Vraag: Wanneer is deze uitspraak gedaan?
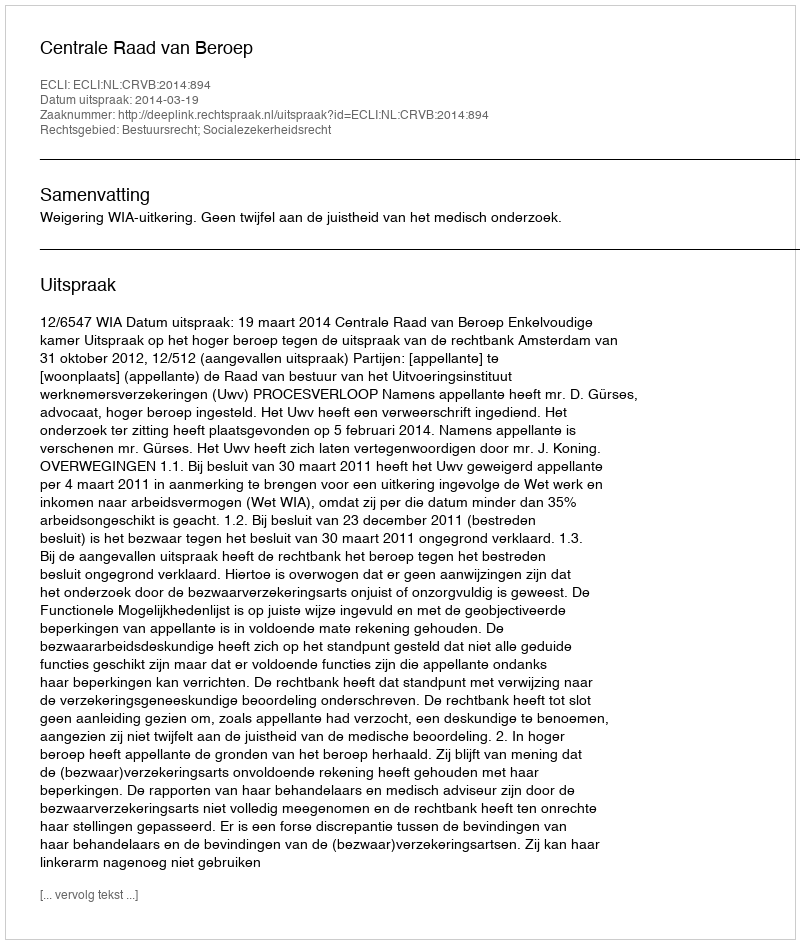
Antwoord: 2014-03-19